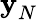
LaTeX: \textbf{y}_{N}